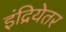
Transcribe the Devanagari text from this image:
इंद्रियेतर